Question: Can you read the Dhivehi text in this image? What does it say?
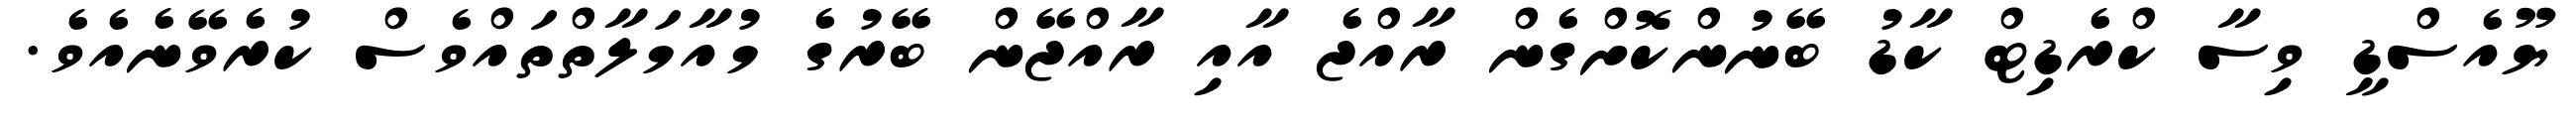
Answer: ޔޫއެސްޑީ ވިސާ ކްރެޑިޓް ކާޑު ބޭނުންކޮށްގެން ރާއްޖެ އާއި ރާއްޖޭން ބޭރުގެ މުއާމަލާތްތައްވެސް ކުރެވޭނެއެވެ.